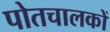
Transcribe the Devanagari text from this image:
पोतचालकों